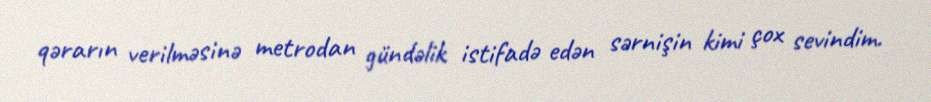
qərarın verilməsinə metrodan gündəlik istifadə edən sərnişin kimi çox sevindim.